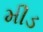
મીડ